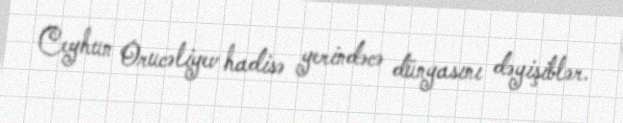
Ceyhun Orucəliyev hadisə yerindəcə dünyasını dəyişiblər.